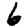
Digit: 6